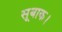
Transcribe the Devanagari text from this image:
सूबाक।